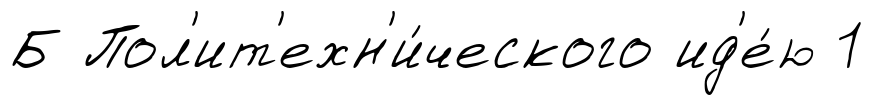
Б Пол'ит'ехн'и́ческого ид'е́ю 1